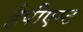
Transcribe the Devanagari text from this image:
हैपीएस्ट